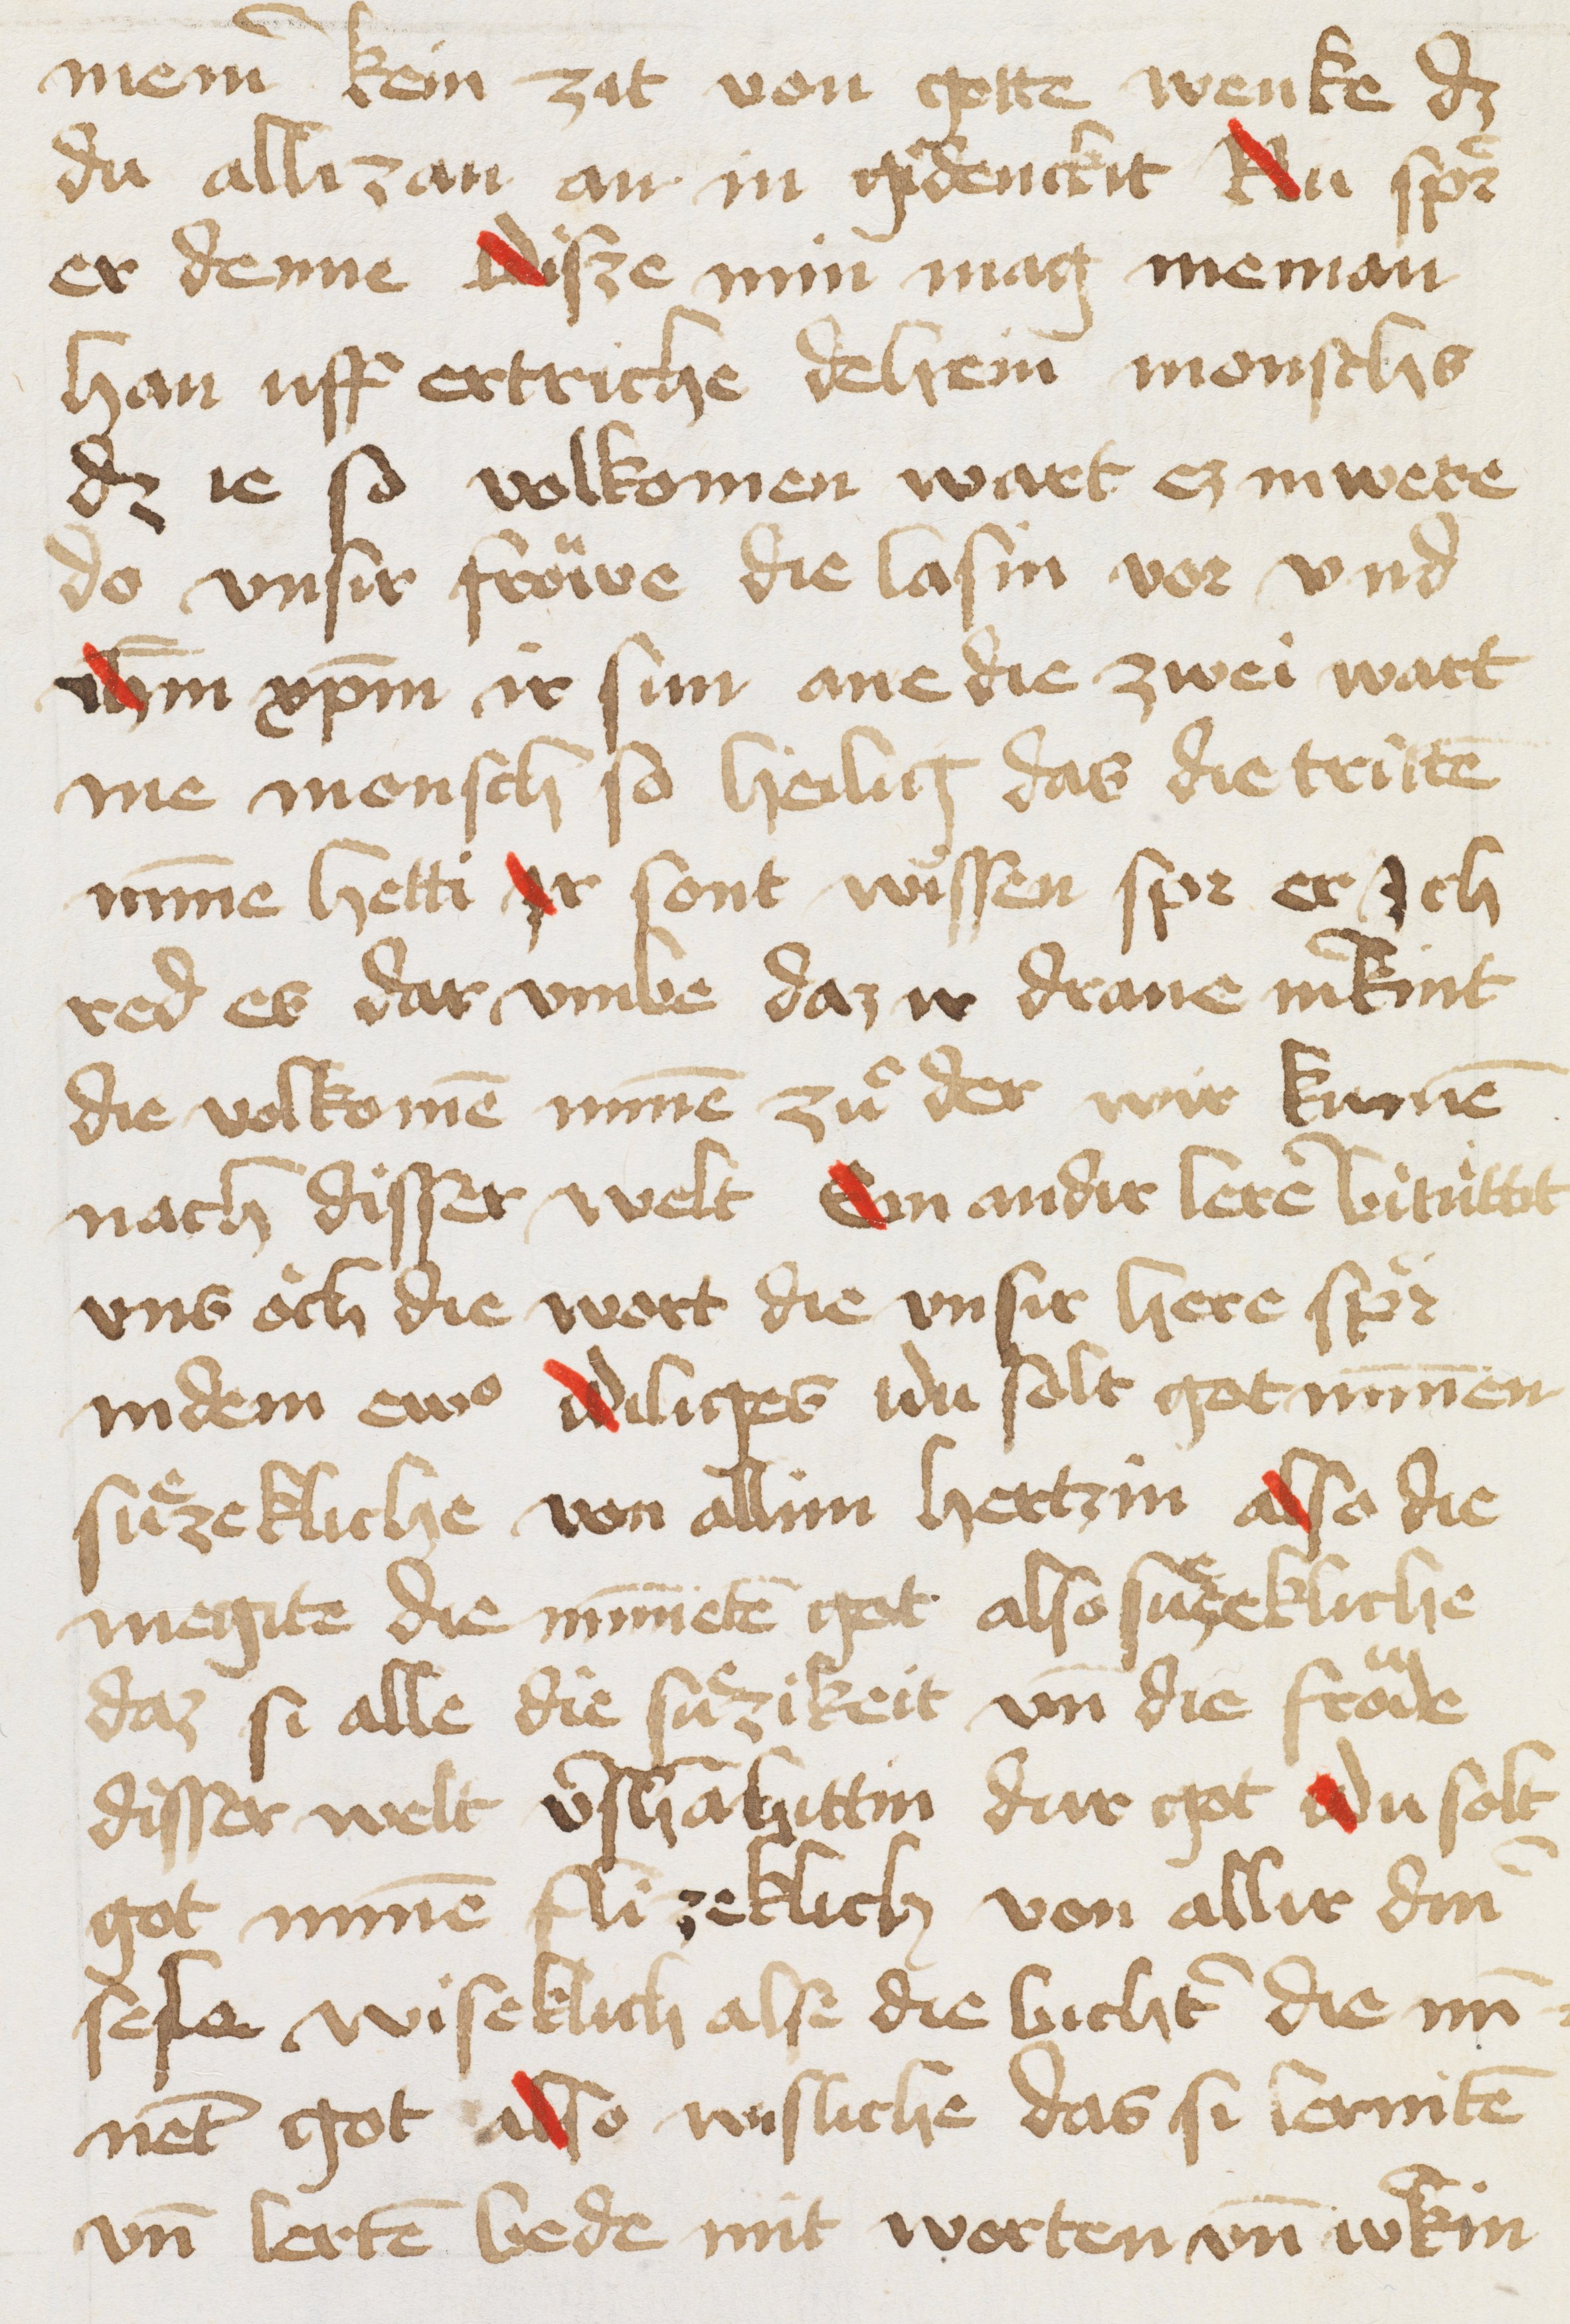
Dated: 1456–1456